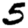
Digit: 5